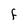
Character: F